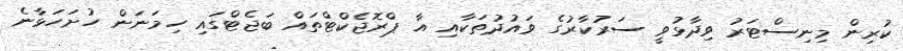
ކުރިން މިނިސްޓަރު ވިދާޅުވީ ސަރުކާރުގެ ވައުދުތަކާއި އާ ޕްރޮޖެކްޓްތައް ބަޖެޓްގައި ހިމަނަން ހުށަހަޅާނެ